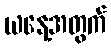
ယနေ့အတွက်